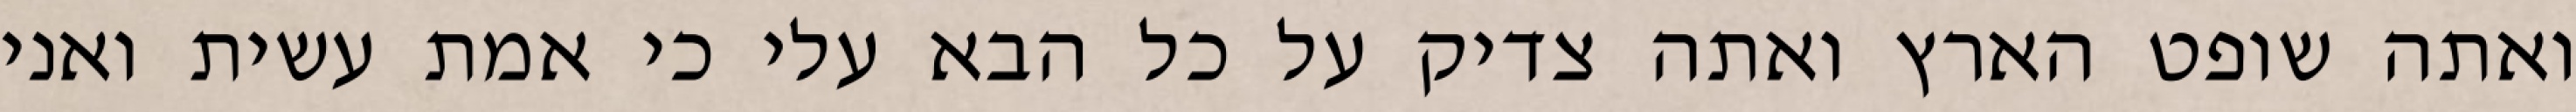
ואתה שופט הארץ ואתה צדיק על כל הבא עלי כי אמת עשית ואני